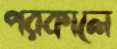
পরকালে